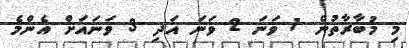
މި މުބާރާތުން 1 ވަނަ 2 ވަނަ އަދި 3 ވަނައަށް އެންމެ